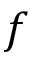
f